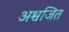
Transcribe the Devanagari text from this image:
अश्वजित